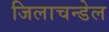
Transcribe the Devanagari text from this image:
जिलाचन्डेल